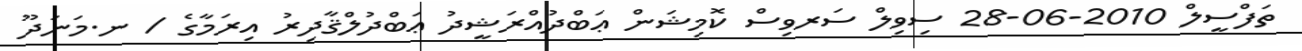
ތަފްސީލް 2010-06-28 ސިވިލް ސަރވިސް ކޮމިޝަން ޢަބްދުއްރަޝީދު ޢަބްދުލްޤާދިރު އިރަމާގެ / ނ.މަނަދޫ